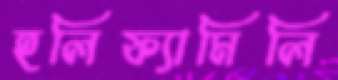
হলিফ্যামিলি